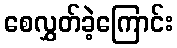
စေလွှတ်ခဲ့ကြောင်း